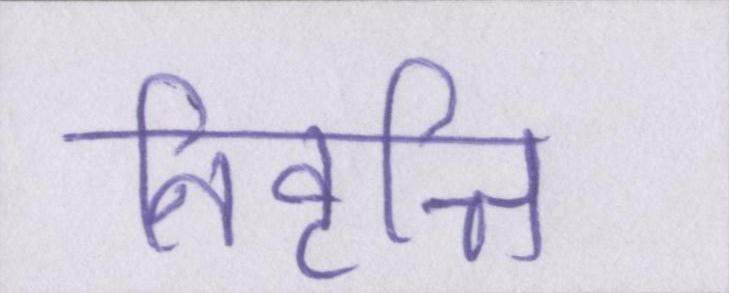
निवृत्ति